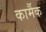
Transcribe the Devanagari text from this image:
कार्मैक